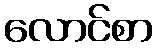
လောင်စာ